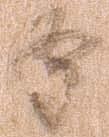
時